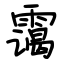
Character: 霭